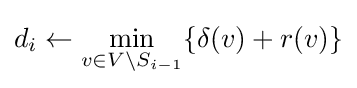
d_{i}\leftarrow \min _{v\in V\setminus S_{i-1}}\{\delta (v)+r(v)\}